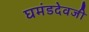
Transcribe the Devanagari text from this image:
घमंडदेवजी